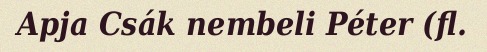
Apja Csák nembeli Péter (fl.